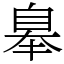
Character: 𦤑